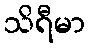
သိရီမာ